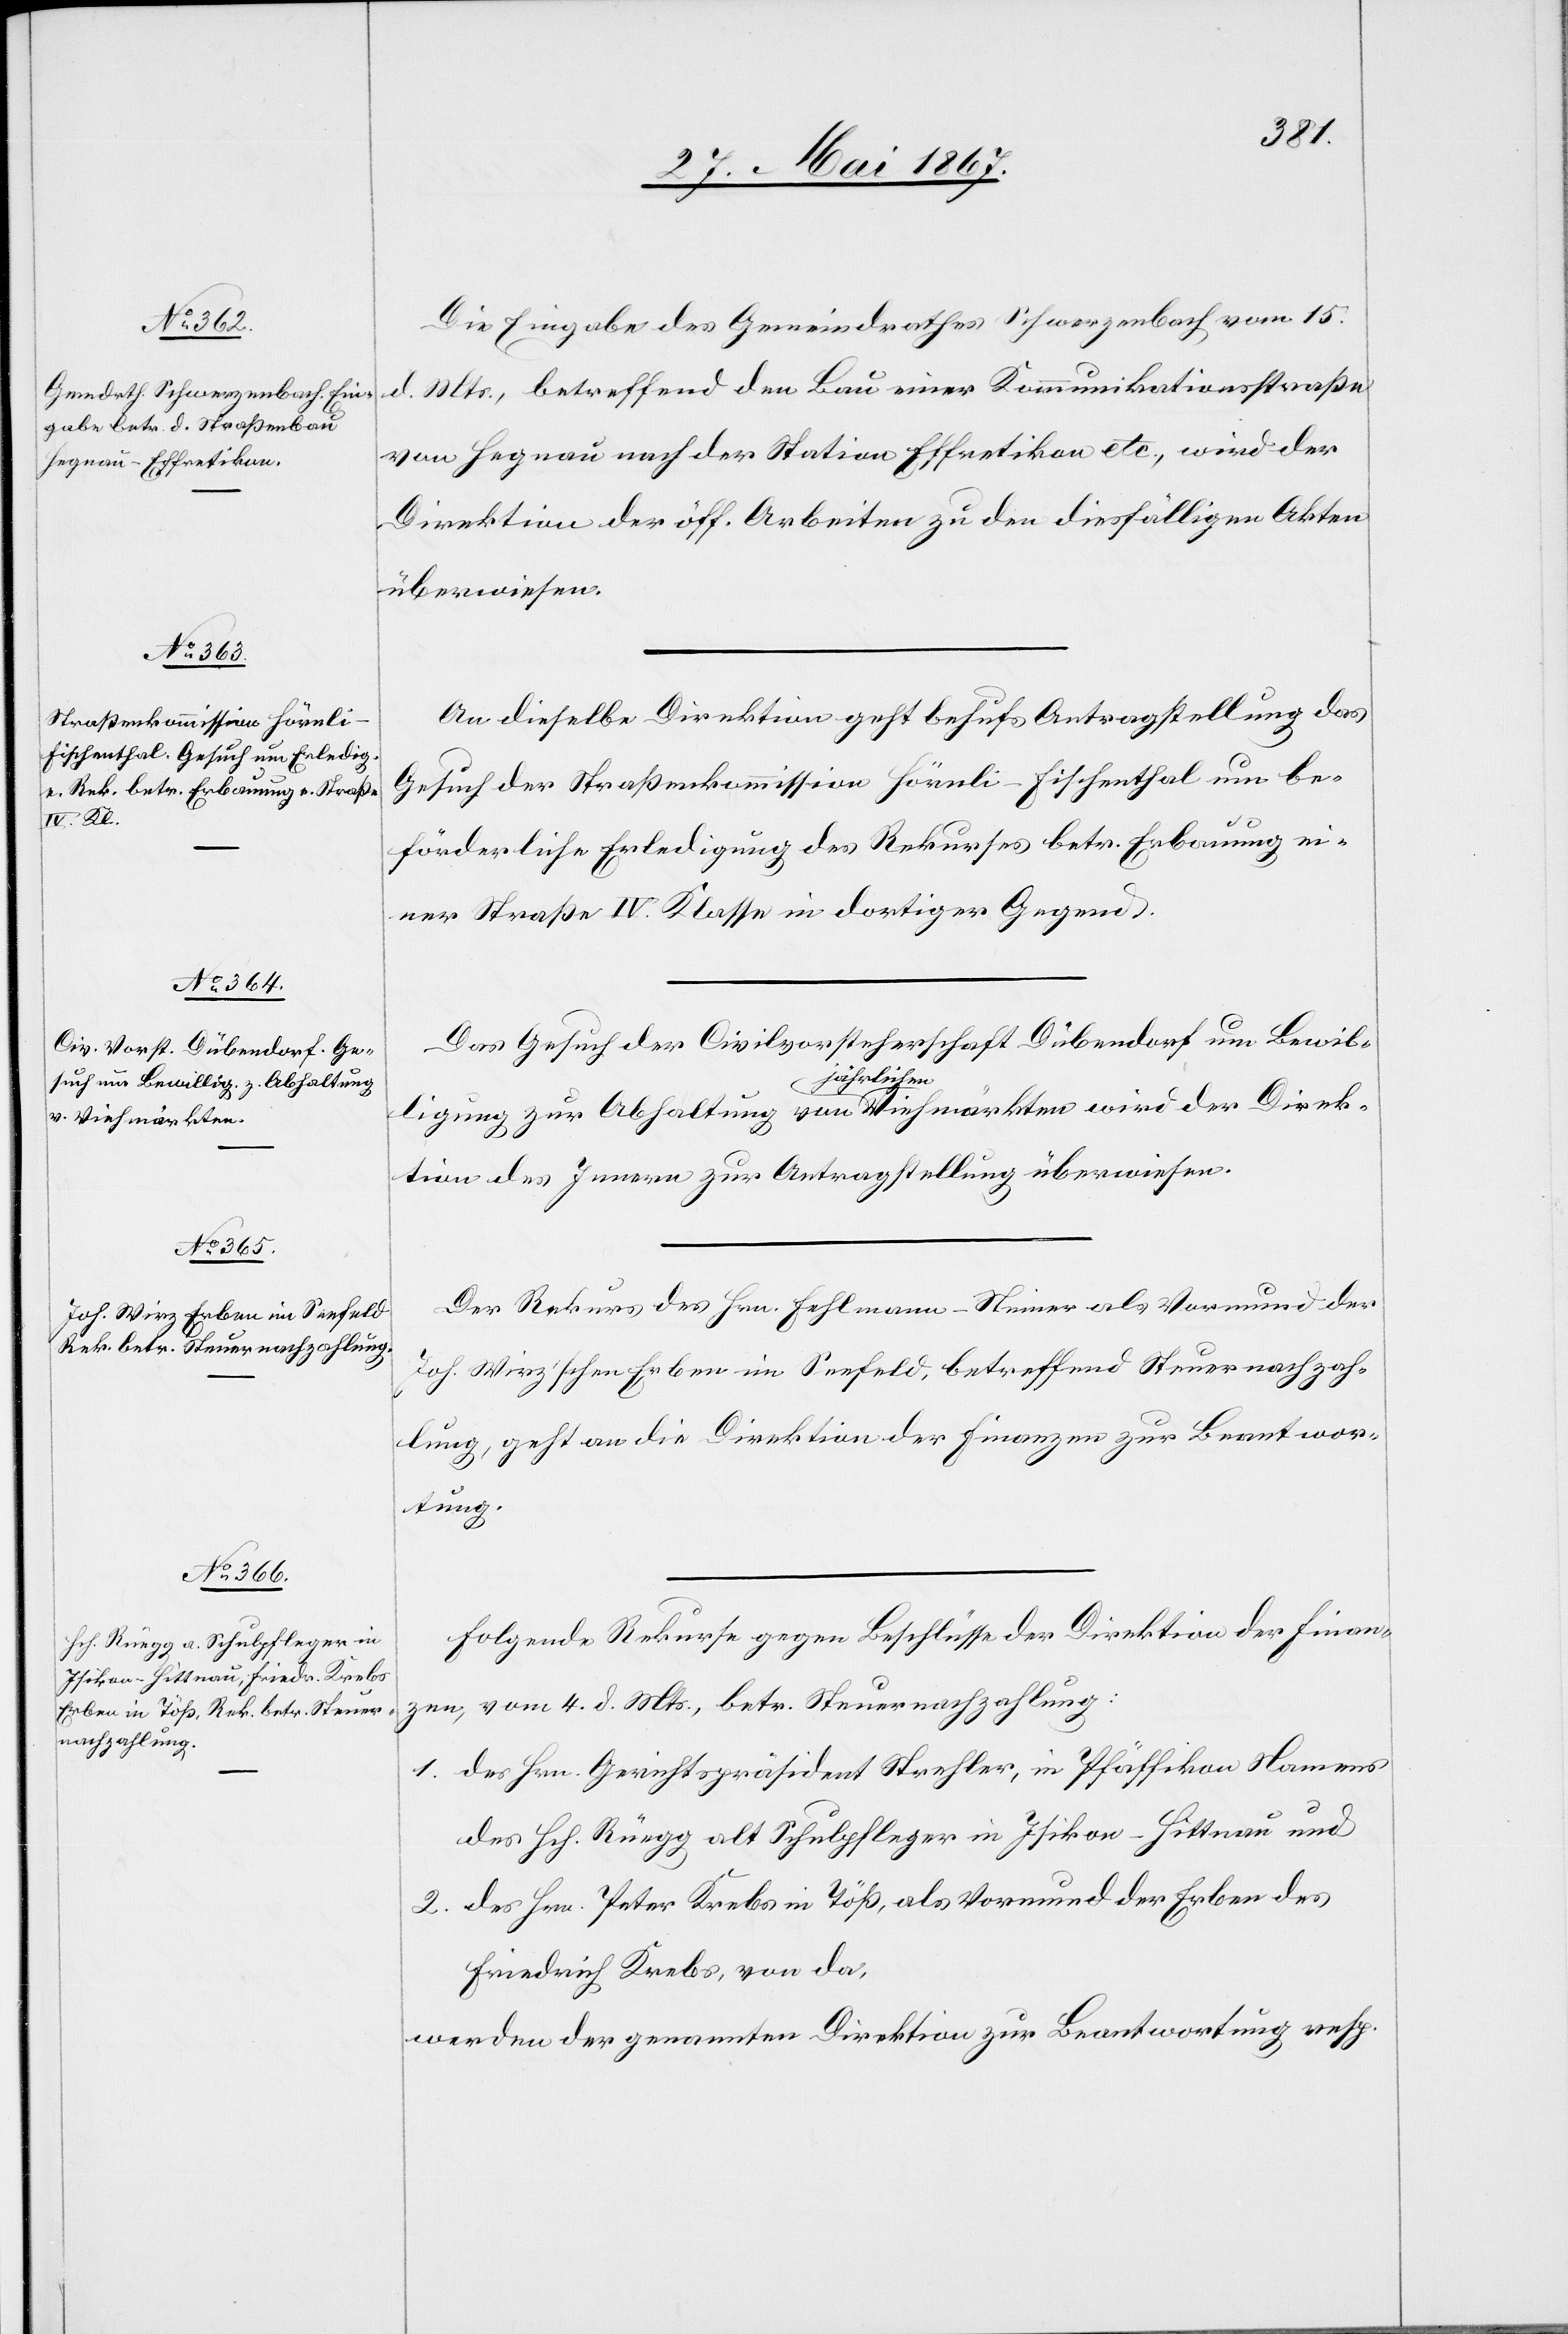
27. Mai 1867.]
Die Eingabe des Gemeindrathes Schwerzenbach vom 15.
d. Mts., betreffend den Bau einer Kommunikationsstraße
von Hegnau nach der Station Effretikon etc., wird der
Direktion der öff. Arbeiten zu den diesfälligen Akten
überwiesen.
An dieselbe Direktion geht behufs Antragstellung das
Gesuch der Straßenkommission Hörnli-Fischenthal um be¬
förderliche Erledigung des Rekurses betr. Erbauung ei¬
ner Straße IV. Klasse in dortiger Gegend.
Das Gesuch der Civilvorsteherschaft Dübendorf um Bewil¬
ligung zur Abhaltung von jährlichen Viehmärkten wird der Direk¬
tion des Innern zur Antragstellung überwiesen.
Der Rekurs des Hrn. Fehlmann-Steiner als Vormund der
Joh. Wirz’schen Erben im Seefeld, betreffend Steuernachzah¬
lung, geht an die Direktion der Finanzen zur Beantwor¬
tung.
Folgende Rekurse gegen Beschlüsse der Direktion der Finan¬
zen, vom 4. d. Mts., betr. Steuernachzahlung:
1.	des Hrn. Gerichtspräsidenten Strehler, in Pfäffikon Namens
des Hch. Rüegg alt Schulpfleger in Isikon-Hittnau und
2.	des Hrn. Peter Krebs in Töß, als Vormund der Erben des
Friedrich Krebs, von da,
werden der genannten Direktion zur Beantwortung resp.